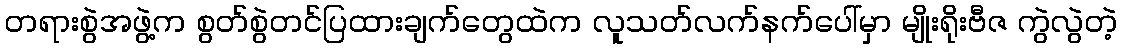
တရားစွဲအဖွဲ့က စွတ်စွဲတင်ပြထားချက်တွေထဲက လူသတ်လက်နက်ပေါ်မှာ မျိုးရိုးဗီဇ ကွဲလွဲတဲ့